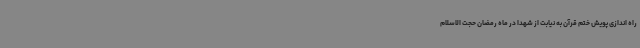
راه اندازی پویش ختم قرآن به نیابت از شهدا در ماه رمضان حجت الاسلام